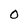
Character: 0